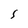
Character: S